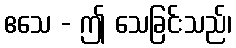
ဧသေ - ဤ သေခြင်းသည်၊